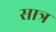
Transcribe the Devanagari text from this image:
सात्र